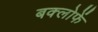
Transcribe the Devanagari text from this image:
बक्लोफें